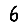
Digit: 6